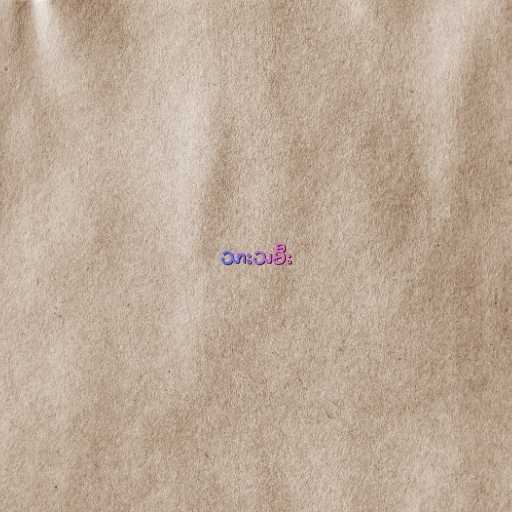
သားသမီး